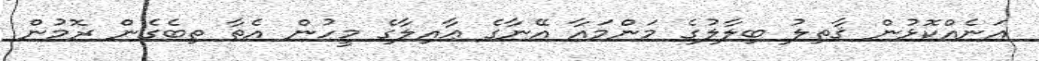
އަނެއްކޮޅުން ޤާތިލު ބިލާލުގެ މަންމައާ އޭނާގެ ޢާއިލާގެ މީހުން އެތާ ތިބެގެން ރޮމުން